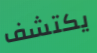
يكتشف